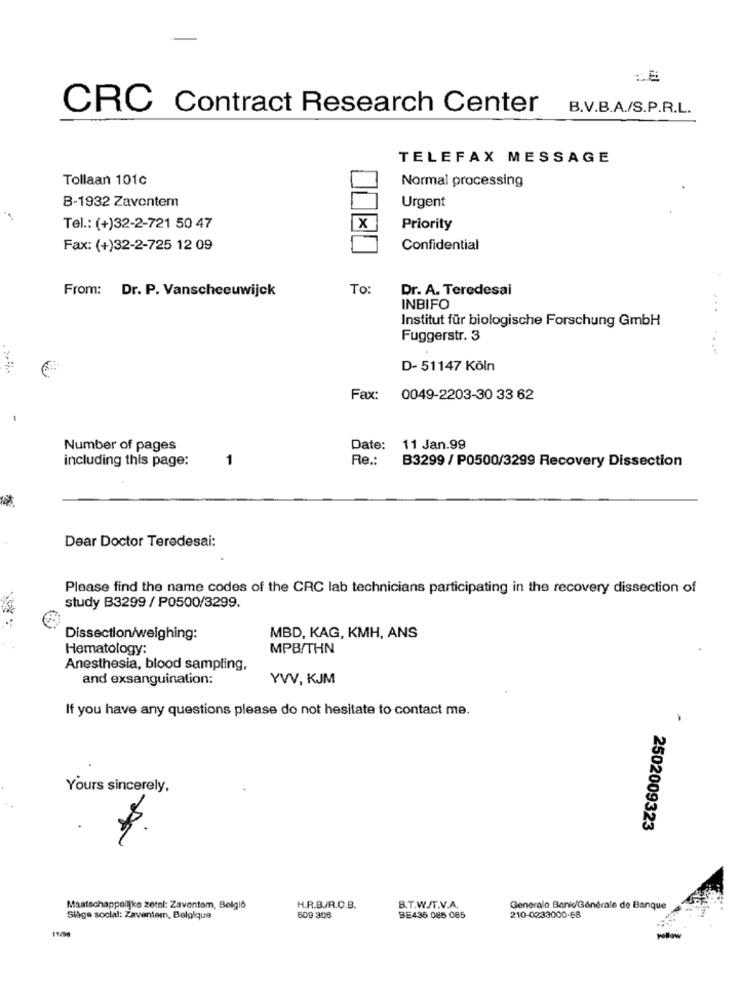
:E
CRC Contract Research Center
B.V.B.A./S.P.R.L.
TELEFAX MESSAGE
Tollaan 101c
Normal processing
B-1932 Zaventem
Urgent
Tel .: (+)32-2-721 50 47
X
Priority
Fax: (+)32-2-725 12 09
Confidential
From: Dr. P. Vanscheeuwijck
To:
Dr. A. Teredesai
INBIFO
Institut für biologische Forschung GmbH
Fuggerstr. 3
.....
D- 51147 Köln
Fax: 0049-2203-30 33 62
Number of pages
Date: 11 Jan.99
including this page:
1
Re .:
B3299 / P0500/3299 Recovery Dissection
Dear Doctor Teredesai:
Please find the name codes of the CRC lab technicians participating in the recovery dissection of
study B3299 / P0500/3299.
Dissection/weighing:
MBD, KAG, KMH, ANS
Hematology:
MPB/THN
Anesthesia, blood sampling,
and exsanguination:
YVV, KJM
If you have any questions please do not hesitate to contact me.
Yours sincerely,
2502009323
Maatschappelijke zetel: Zaventem, Belgio
H.R.B/R.C.B.
B.T.W./T.V.A.
Generalo Bankc/Générale de Banque
Stage social: Zaventem, Belgique
509 308
BE436 085 085
210-0233000-58